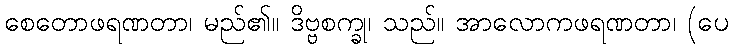
စေတောဖရဏတာ၊ မည်၏။ ဒိဗ္ဗစက္ခု၊ သည်။ အာလောကဖရဏတာ၊ (ပေ